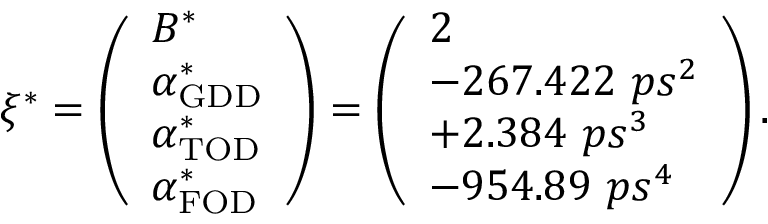
\xi ^ { * } = \left( \begin{array} { l } { B ^ { * } } \\ { \alpha _ { \mathrm { G D D } } ^ { * } } \\ { \alpha _ { \mathrm { T O D } } ^ { * } } \\ { \alpha _ { \mathrm { F O D } } ^ { * } } \end{array} \right) = \left( \begin{array} { l } { 2 } \\ { - 2 6 7 . 4 2 2 \ p s ^ { 2 } } \\ { + 2 . 3 8 4 \ p s ^ { 3 } } \\ { - 9 5 4 . 8 9 \ p s ^ { 4 } } \end{array} \right) .